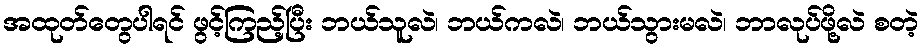
အထုတ်တွေပါရင် ဖွင့်ကြည့်ပြီး ဘယ်သူလဲ၊ ဘယ်ကလဲ၊ ဘယ်သွားမလဲ၊ ဘာလုပ်ဖို့လဲ စတဲ့